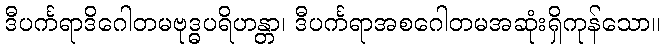
ဒီပင်္ကရာဒိဂေါတမဗုဒ္ဓပရိဟန္တာ၊ ဒီပင်္ကရာအစဂေါတမအဆုံးရှိကုန်သော။